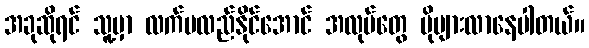
အခုဆိုရင် သူ့မှာ လက်မလည်နိုင်အောင် အလုပ်တွေ ပိုများလာနေပါတယ်။